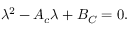
\lambda ^ { 2 } - { \cal A } _ { c } \lambda + { \cal B } _ { C } = 0 .